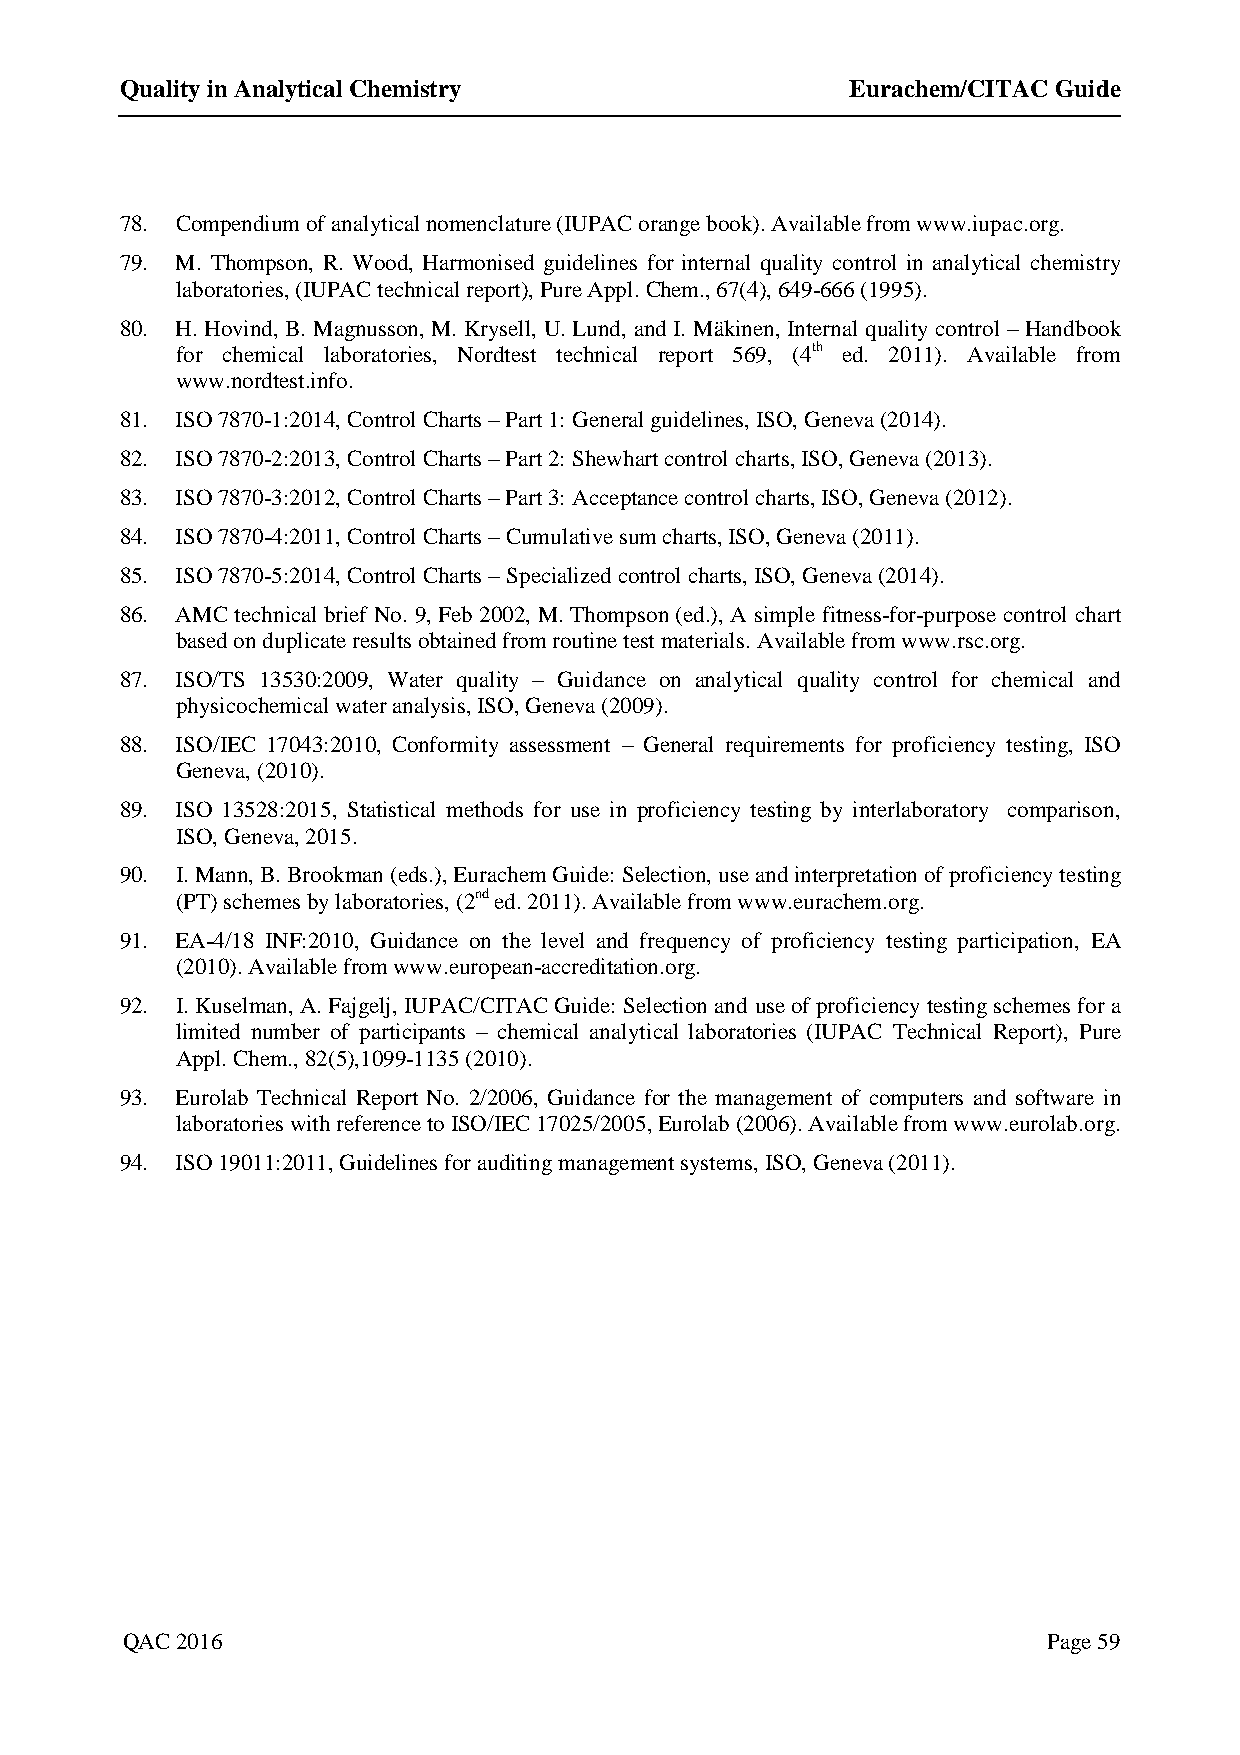
Quality in Analytical Chemistry                 Eurachem/CITAC Guide
 78. Compendium of analytical nomenclature (IUPAC orange book). Available from www.iupac.org.
 79. M. Thompson, R. Wood, Harmonised guidelines for internal quality control in analytical chemistry
 laboratories, (IUPAC technical report), Pure Appl. Chem., 67(4), 649-666 (1995).
 80. H. Hovind, B. Magnusson, M. Krysell, U. Lund, and I. Mäkinen, Internal quality control – Handbook
 for chemical laboratories, Nordtest technical report 569, (4th ed. 2011). Available from
 www.nordtest.info.
 81. ISO 7870-1:2014, Control Charts – Part 1: General guidelines, ISO, Geneva (2014).
 82. ISO 7870-2:2013, Control Charts – Part 2: Shewhart control charts, ISO, Geneva (2013).
 83. ISO 7870-3:2012, Control Charts – Part 3: Acceptance control charts, ISO, Geneva (2012).
 84. ISO 7870-4:2011, Control Charts – Cumulative sum charts, ISO, Geneva (2011).
 85. ISO 7870-5:2014, Control Charts – Specialized control charts, ISO, Geneva (2014).
 86. AMC technical brief No. 9, Feb 2002, M. Thompson (ed.), A simple fitness-for-purpose control chart
 based on duplicate results obtained from routine test materials. Available from www.rsc.org.
 87. ISO/TS 13530:2009, Water quality – Guidance on analytical quality control for chemical and
 physicochemical water analysis, ISO, Geneva (2009).
 88. ISO/IEC 17043:2010, Conformity assessment – General requirements for proficiency testing, ISO
 Geneva, (2010).
 89. ISO 13528:2015, Statistical methods for use in proficiency testing by interlaboratory comparison,
 ISO, Geneva, 2015.
 90. I. Mann, B. Brookman (eds.), Eurachem Guide: Selection, use and interpretation of proficiency testing
 (PT) schemes by laboratories, (2nd ed. 2011). Available from www.eurachem.org.
 91. EA-4/18 INF:2010, Guidance on the level and frequency of proficiency testing participation, EA
 (2010). Available from www.european-accreditation.org.
 92. I. Kuselman, A. Fajgelj, IUPAC/CITAC Guide: Selection and use of proficiency testing schemes for a
 limited number of participants – chemical analytical laboratories (IUPAC Technical Report), Pure
 Appl. Chem., 82(5),1099-1135 (2010).
 93. Eurolab Technical Report No. 2/2006, Guidance for the management of computers and software in
 laboratories with reference to ISO/IEC 17025/2005, Eurolab (2006). Available from www.eurolab.org.
 94. ISO 19011:2011, Guidelines for auditing management systems, ISO, Geneva (2011).
 QAC 2016                                                     Page 59